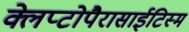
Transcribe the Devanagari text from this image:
क्लेप्टोपैरासाईटिस्म